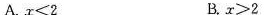
A.$$x < 2$$ B.$$x > 2$$